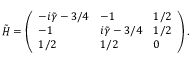
\tilde { H } = \left( \begin{array} { l l l } { - i \tilde { \gamma } - 3 / 4 } & { - 1 } & { 1 / 2 } \\ { - 1 } & { i \tilde { \gamma } - 3 / 4 } & { 1 / 2 } \\ { 1 / 2 } & { 1 / 2 } & { 0 } \end{array} \right) .